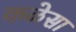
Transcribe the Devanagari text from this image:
कळेसा